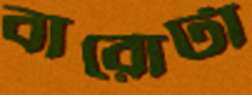
বারোটা